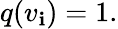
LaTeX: q(v_{\mathbf{i}})=1.